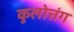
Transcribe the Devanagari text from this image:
कुलोत्तंग